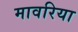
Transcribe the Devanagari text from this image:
मावरिया